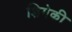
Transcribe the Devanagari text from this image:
शिगेकी